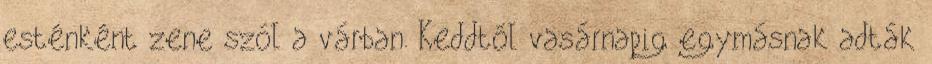
esténként zene szól a várban. Keddtől vasárnapig egymásnak adták